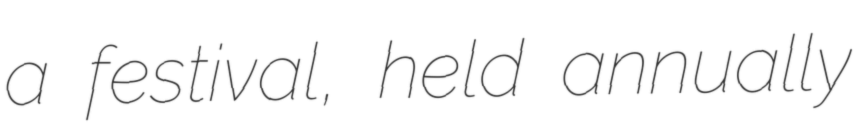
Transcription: a festival, held annually